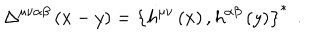
LaTeX: \Delta ^ { \mu \nu \alpha \beta } \left( x - y \right) = \left\{ h ^ { \mu \nu } \left( x \right) , h ^ { \alpha \beta } \left( y \right) \right\} ^ { * } \; \, .